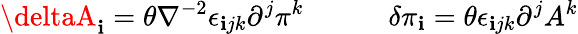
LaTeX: \deltaA_{\mathbf{i}}=\theta\nabla^{-2}\epsilon_{\mathbf{i}jk}\partial^{j}\pi^{k}\quad\qquad\delta\pi_{\mathbf{i}}=\theta\epsilon_{\mathbf{i}jk}\partial^{j}A^{k}